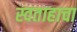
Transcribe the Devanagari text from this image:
स्वताहाचा